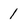
Character: 1